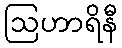
ဩဟာရိနီ